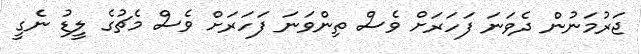
ޖަރުމަނުން ދެވަނަ ފަހަރަށް ވެސް ތިންވަނަ ފަހަރަށް ވެސް މެޗުގެ ލީޑު ނެގީ